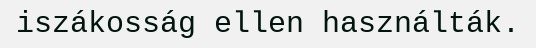
iszákosság ellen használták.